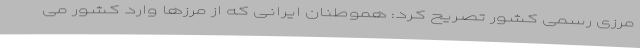
مرزی رسمی کشور تصریح کرد: هموطنان ایرانی که از مرزها وارد کشور می